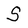
Character: S